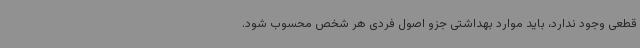
قطعی وجود ندارد، باید موارد بهداشتی جزو اصول فردی هر شخص محسوب شود.